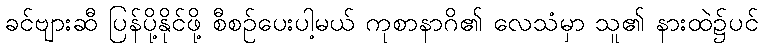
ခင်ဗျားဆီ ပြန်ပို့နိုင်ဖို့ စီစဉ်ပေးပါ့မယ် ကုစာနာဂိ၏ လေသံမှာ သူ၏ နားထဲ၌ပင်